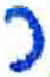
אות: ר